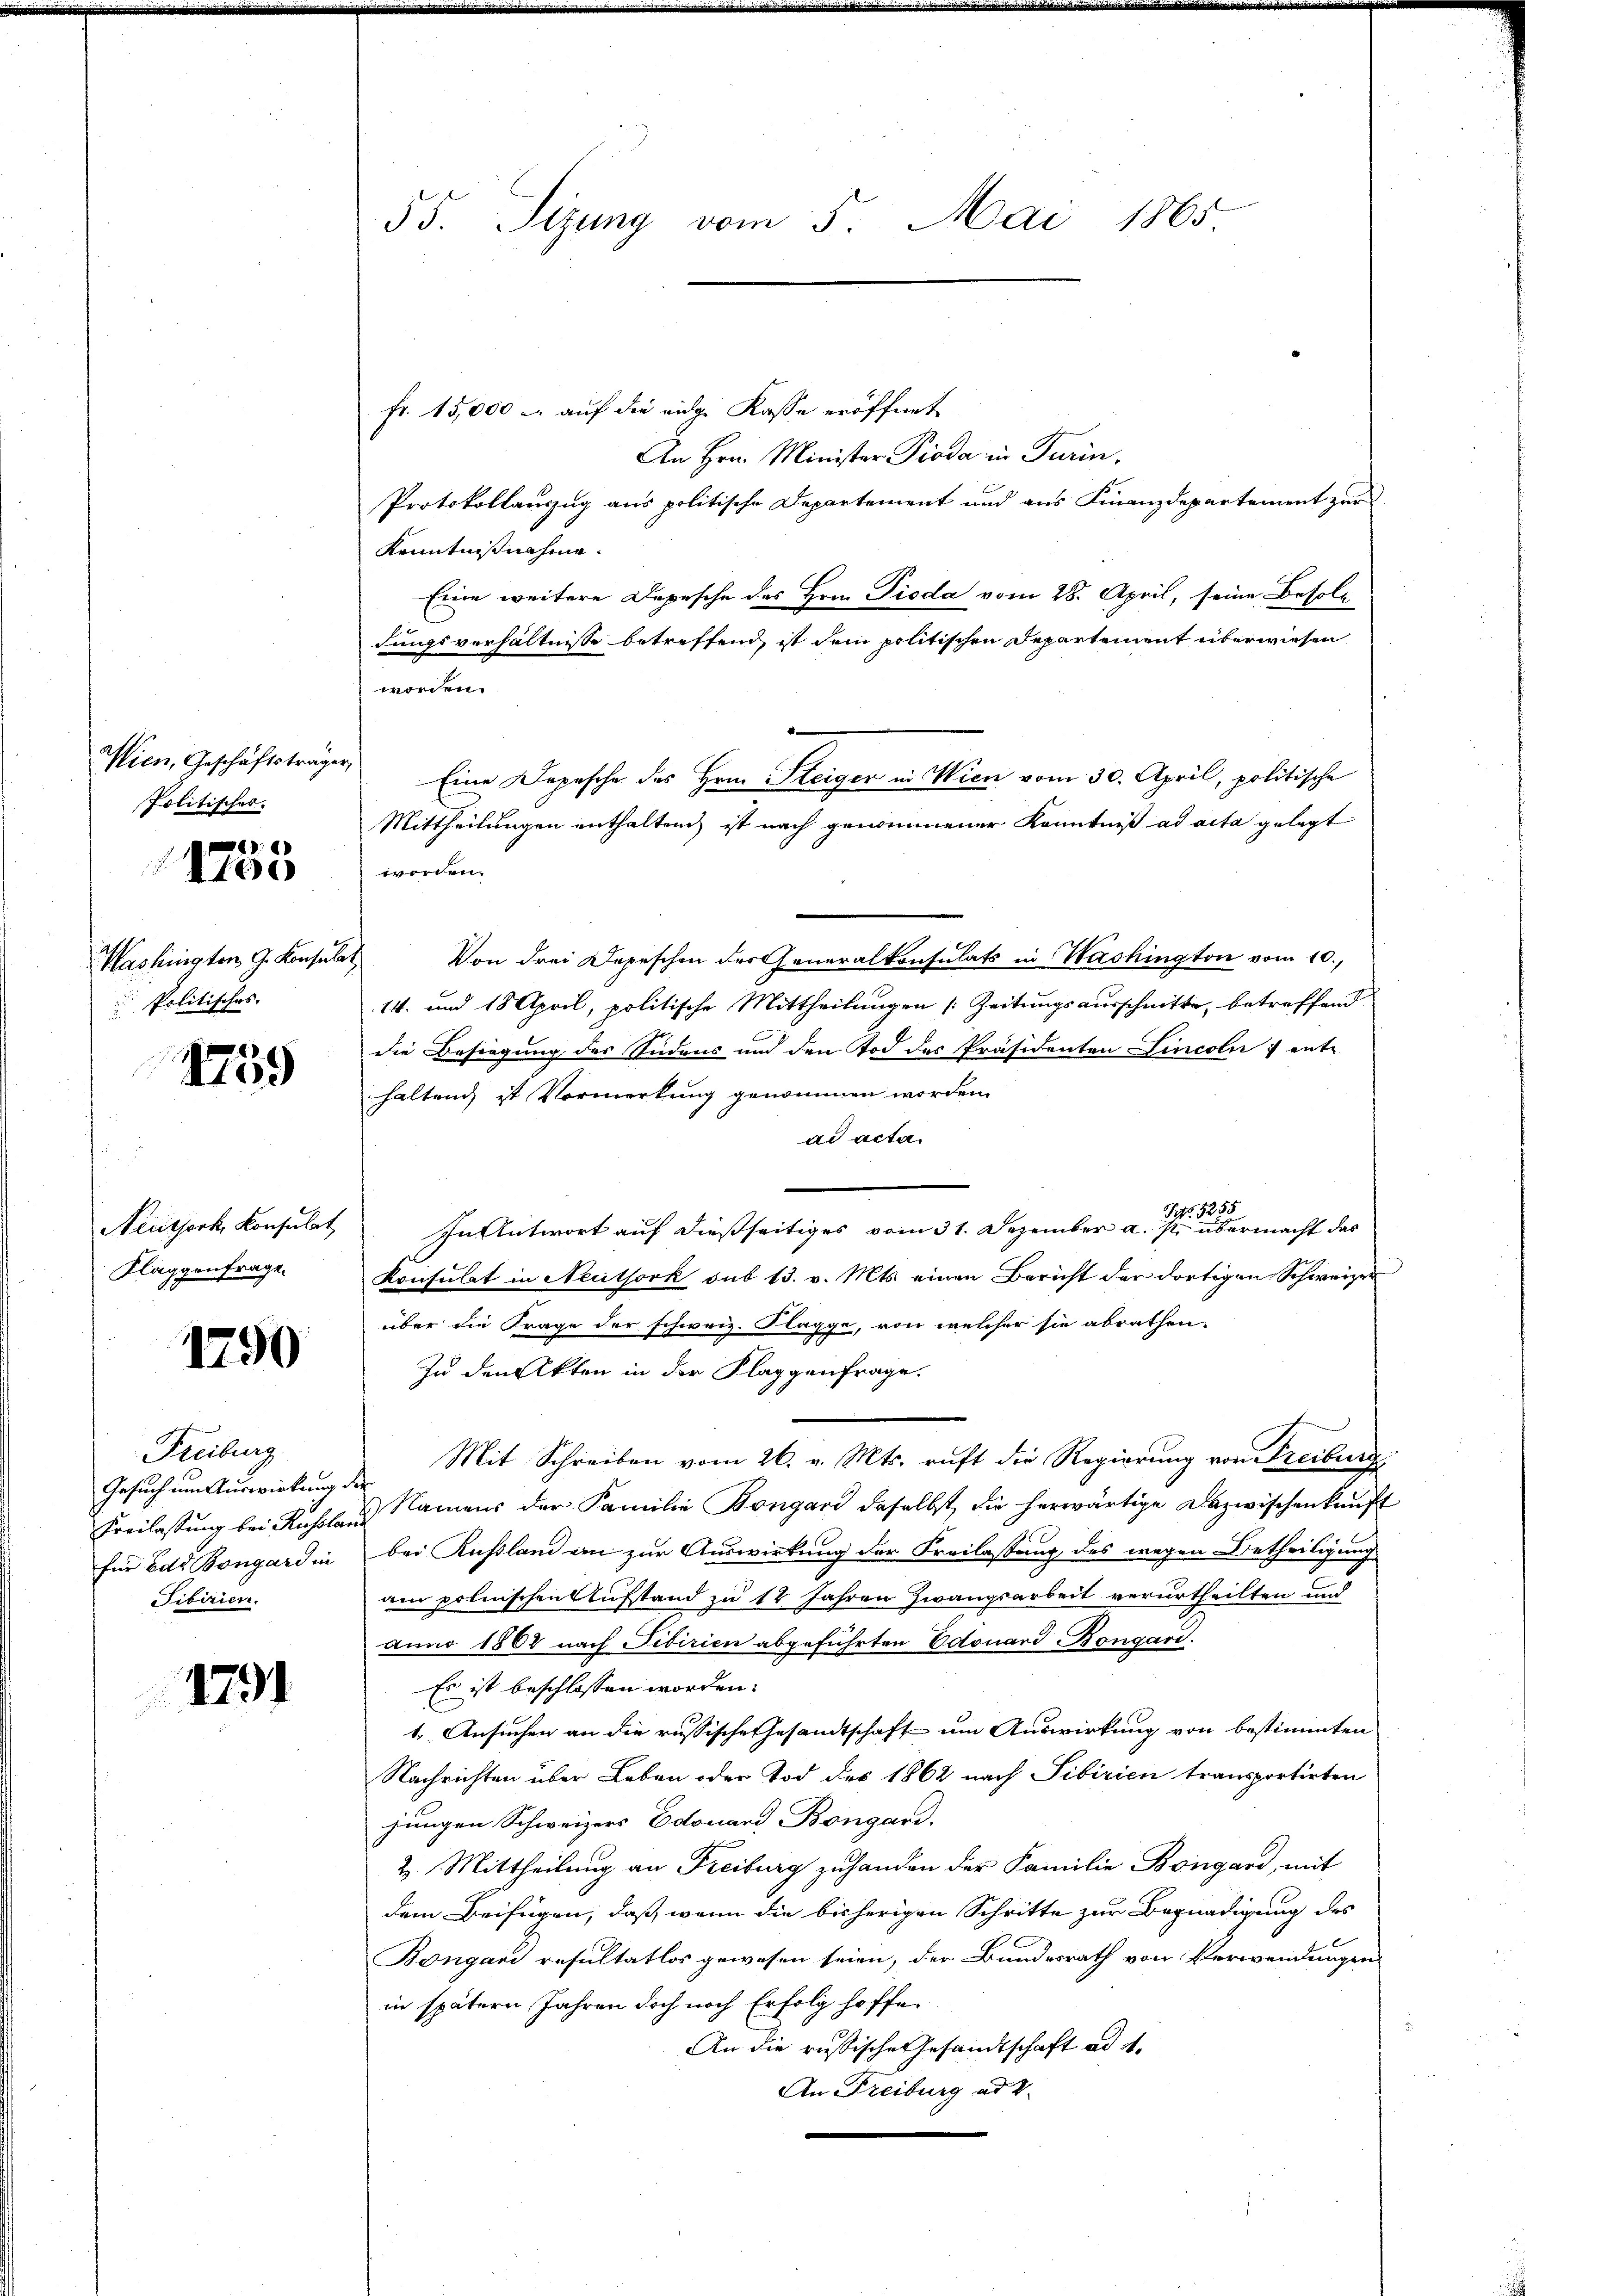
Wien, Geschäftsträger,
Politisches.

:)
Ite

Washingten, 9. Konsular
 Politisches.

4759

Neuthork, Konsulat
Klaggenfrage

1790

Freiburg,
Gesuch um Auswirkung der
Freilassung bei Auslan
für der Bongard in
Fibirien.

1791

55. Sizung vom 5. Mai 1865

fr. 15,000 u. auf die eidge Kasse eröffnet.
An Hrn. Minister Pioda in Turin,
Protokollauszug aus politische Departement und aus Finanzdepartement zur
Kenntnisnahme.
Eine weitere Depesche des Hrn. Pioda vom 28. April, seine Besolfungsverhältnisse betreffend, ist dem politischen Departement überwiesen
worden.
worden.
Von drei Depeschen der Generalkonsulats in Washington vom 10.
14. und 18 April, politische Mittheilungen Zeitungsausschnitte, betreffend
die Besiegung des Südens und den Tod des Präsidenten Lincoln : ent-
haltung ist Vormerkung genommen worden.
ad acta.
In Antwort auf dießseitiges vom 31. Dezember a. einen abermacht das
Konsulat in Neelsork sub 13. v. Mts. einen Bericht der dortigen Schweizer
über die Frage der schweiz. Plagge, von welcher sie abrathen,
In den Akten in der Klaggenfrage.
Mit Schreiben vom 26. v. Mts. ruft die Regierung von Freibung
 Namens der Familie Bongard daselbst, die herwärtige Dazwischenkunft
bei Kußland an zur Auswirkung der Freilassung des wegen Betheiligung
am polnischen Aufstand zu 12 Jahren Zwangsarbeit verurtheilten und
anno 1808 nach Tibirien abgeführten Edouard Bongard.
Es ist beschlossen worden.
1. Ansuchen an die russische Gesandtschaft um Auswirkung von bestimmten
Nachrichten über Leben oder Tod des 1862 nach Sibirien transportirten
jungen Schweizers Edouard Bongard,
2. Mittheilung an Freiburg zuhanden der Familie Bongard, mit
dem Beifügen, daß, wenn die bisherigen Schritte zur Begnadigung des
Bongand resultatlos gewesen seien, der Bundesrath von Verwendungen
in spätern Jahren doch noch Erfolg hoffe.
An die russische Gesandtschaft ad 1.
An Freiburg ad V.

Eine Depesche des Hrn. Steiger in Wien vom 30. April, politische
Mittheilungen enthalten, ist nach genommener Kenntniß ad acta gelegt